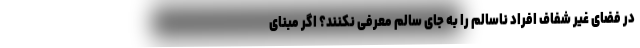
در فضای غیر شفاف افراد ناسالم را به جای سالم معرفی نکنند؟ اگر مبنای